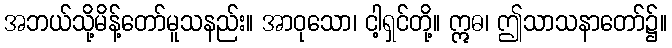
အဘယ်သို့မိန့်တော်မူသနည်း။ အာဝုသော၊ ငါ့ရှင်တို့။ ဣဓ၊ ဤသာသနာတော်၌။